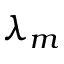
\lambda _ { m }